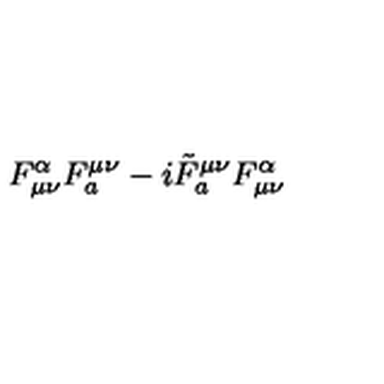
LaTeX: F _ { \mu \nu } ^ { \alpha } F _ { a } ^ { \mu \nu } - i { \tilde { F } } _ { a } ^ { \mu \nu } F _ { \mu \nu } ^ { \alpha }